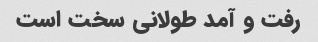
رفت و آمد طولانی سخت است